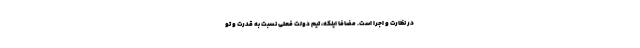
در نظارت و اجرا است. مضافا اینکه، تیم دولت فعلی نسبت به قدرت و تو